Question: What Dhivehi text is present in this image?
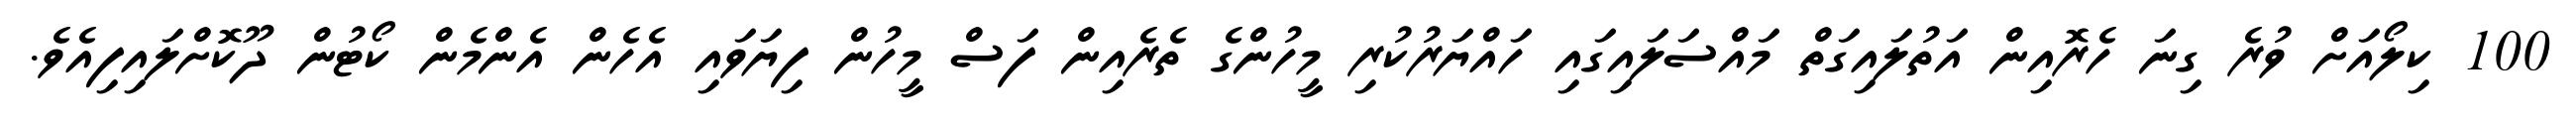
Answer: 100 ކިލޯއަށް ވުރެ ގިނަ ހެރޮއިން އަތުލައިގަތް މައްސަލައިގައި ހައްޔަރުކުރި މީހުންގެ ތެރެއިން ފަސް މީހުން ފިޔަވައި އެހެން އެންމެން ކޯޓުން ދޫކޮށްލައިފިއެވެ.